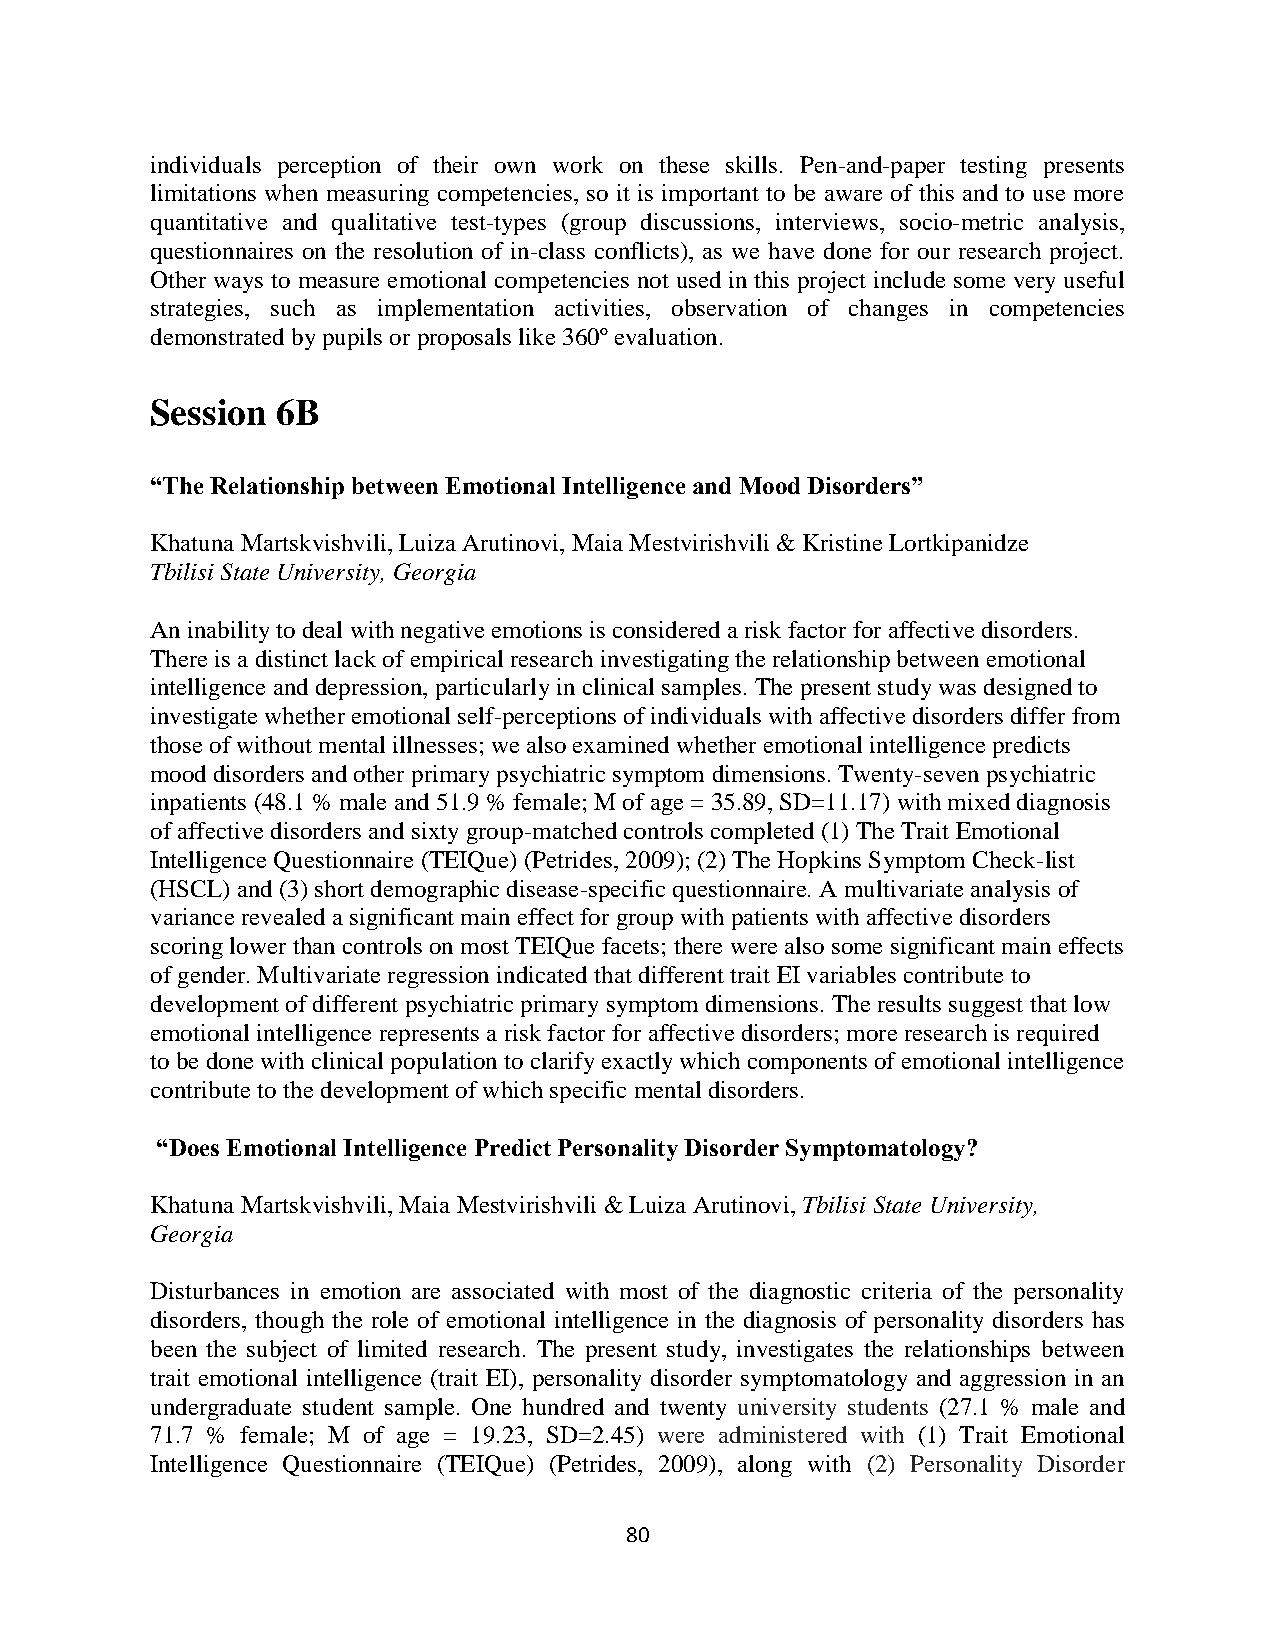
individuals perception of their own work on these skills. Pen-and-paper testing presents
 limitations when measuring competencies, so it is important to be aware of this and to use more
 quantitative and qualitative test-types (group discussions, interviews, socio-metric analysis,
 questionnaires on the resolution of in-class conflicts), as we have done for our research project.
 Other ways to measure emotional competencies not used in this project include some very useful
 strategies, such as implementation activities, observation of changes in competencies
 demonstrated by pupils or proposals like 360º evaluation.
 Session 6B
 “The Relationship between Emotional Intelligence and Mood Disorders”
 Khatuna Martskvishvili, Luiza Arutinovi, Maia Mestvirishvili & Kristine Lortkipanidze
 Tbilisi State University, Georgia
 An inability to deal with negative emotions is considered a risk factor for affective disorders.
 There is a distinct lack of empirical research investigating the relationship between emotional
 intelligence and depression, particularly in clinical samples. The present study was designed to
 investigate whether emotional self-perceptions of individuals with affective disorders differ from
 those of without mental illnesses; we also examined whether emotional intelligence predicts
 mood disorders and other primary psychiatric symptom dimensions. Twenty-seven psychiatric
 inpatients (48.1 % male and 51.9 % female; M of age = 35.89, SD=11.17) with mixed diagnosis
 of affective disorders and sixty group-matched controls completed (1) The Trait Emotional
 Intelligence Questionnaire (TEIQue) (Petrides, 2009); (2) The Hopkins Symptom Check-list
 (HSCL) and (3) short demographic disease-specific questionnaire. A multivariate analysis of
 variance revealed a significant main effect for group with patients with affective disorders
 scoring lower than controls on most TEIQue facets; there were also some significant main effects
 of gender. Multivariate regression indicated that different trait EI variables contribute to
 development of different psychiatric primary symptom dimensions. The results suggest that low
 emotional intelligence represents a risk factor for affective disorders; more research is required
 to be done with clinical population to clarify exactly which components of emotional intelligence
 contribute to the development of which specific mental disorders.
 “Does Emotional Intelligence Predict Personality Disorder Symptomatology?
 Khatuna Martskvishvili, Maia Mestvirishvili & Luiza Arutinovi, Tbilisi State University,
 Georgia
 Disturbances in emotion are associated with most of the diagnostic criteria of the personality
 disorders, though the role of emotional intelligence in the diagnosis of personality disorders has
 been the subject of limited research. The present study, investigates the relationships between
 trait emotional intelligence (trait EI), personality disorder symptomatology and aggression in an
 undergraduate student sample. One hundred and twenty university students (27.1 % male and
 71.7 % female; M of age = 19.23, SD=2.45) were administered with (1) Trait Emotional
 Intelligence Questionnaire (TEIQue) (Petrides, 2009), along with (2) Personality Disorder
 80